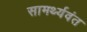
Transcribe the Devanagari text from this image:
सामर्थ्यवंत